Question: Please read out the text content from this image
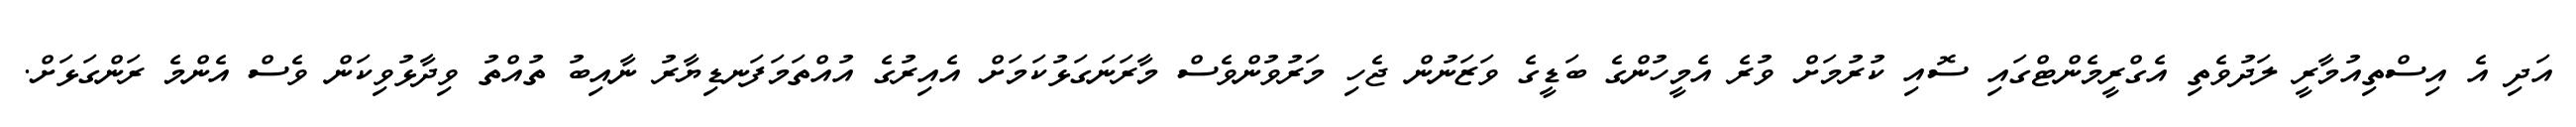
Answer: އަދި އެ އިސްތިއުމާރީ ލަދުވެތި އެގްރީމެންޓްގައި ސޮއި ކުރުމަށް ވުރެ އެމީހުންގެ ބަޑީގެ ވަޒަނުން ޖެހި މަރުވުންވެސް މާރަނަގަޅުކަމަށް އެއިރުގެ އުއްތަމަފަނޑިޔާރު ނާއިބު ތުއްތު ވިދާޅުވިކަން ވެސް އެންމެ ރަންގަޅަށް.